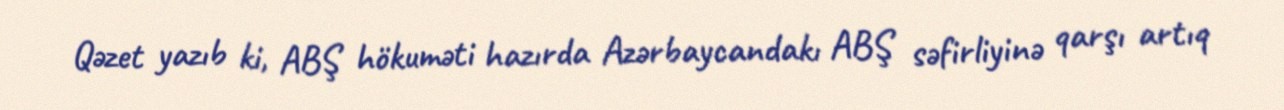
Qəzet yazıb ki, ABŞ hökuməti hazırda Azərbaycandakı ABŞ səfirliyinə qarşı artıq